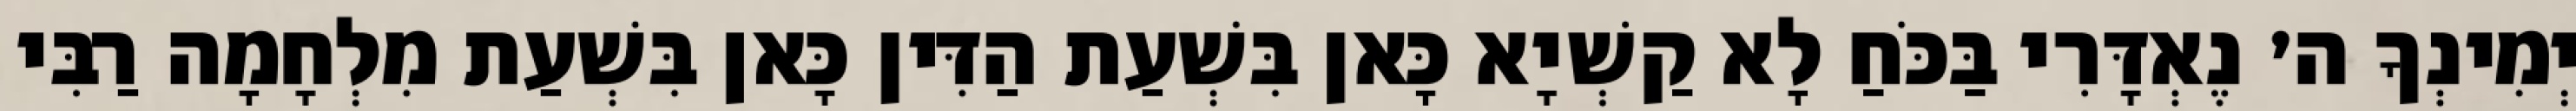
יְמִינְךָ ה׳ נֶאְדָּרִי בַּכֹּחַ לָא קַשְׁיָא כָּאן בִּשְׁעַת הַדִּין כָּאן בִּשְׁעַת מִלְחָמָה רַבִּי